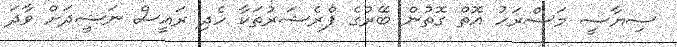
ސިޔާސީ މަސްރަހު އޮތް ގޮތުން ބޭރުގެ ޕްރެޝަރުތަކާ ހެދި ރައީސް ނަޝީދަށް ވާދަ